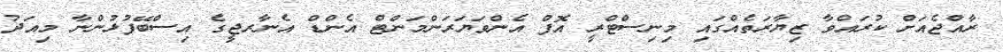
ރާއްޖެއަށް ކުރައްވާ ޒިޔާރަތެއްގައި މިނިސްޓްރީ އޮފް އެންވަޔަރަންމަންޓް އެންޑް އެނާރޖީގެ އިސްބޭފުޅުންނާ މިއަދު